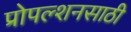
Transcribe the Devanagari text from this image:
प्रोपल्शनसाठी